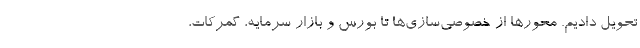
تحویل دادیم. محورها از خصوصی‌سازی‌ها تا بورس و بازار سرمایه، گمرکات،